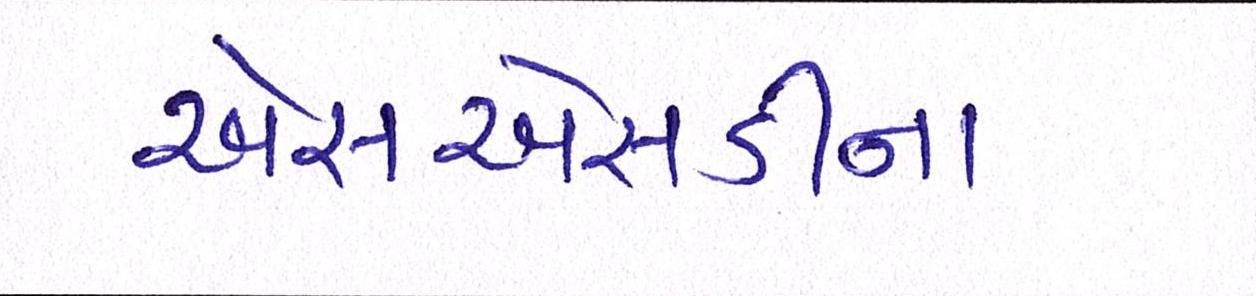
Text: એસએસડીના